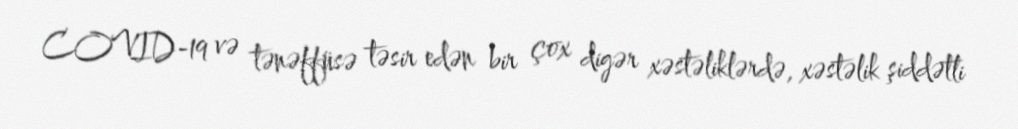
COVID-19 və tənəffüsə təsir edən bir çox digər xəstəliklərdə, xəstəlik şiddətli